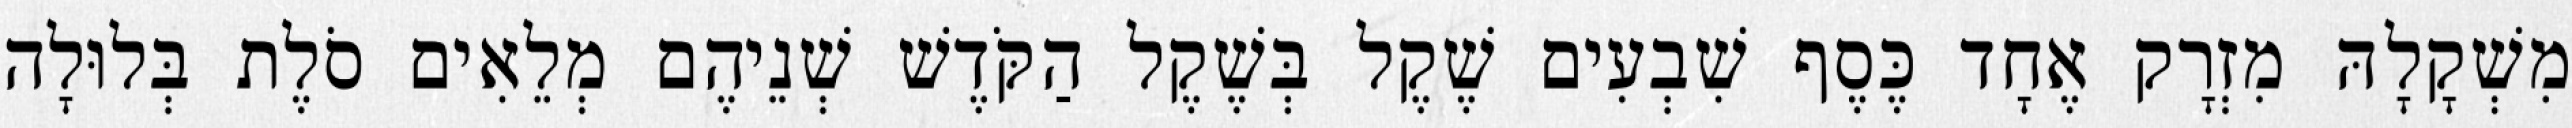
מִשְׁקָלָהּ מִזְרָק אֶחָד כֶּסֶף שִׁבְעִים שֶׁקֶל בְּשֶׁקֶל הַקֹּדֶשׁ שְׁנֵיהֶם מְלֵאִים סֹלֶת בְּלוּלָה